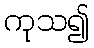
ကုသ၍